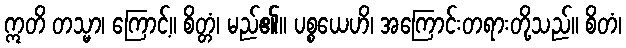
ဣတိ တသ္မာ၊ ကြောင့်။ စိတ္တံ၊ မည်၏။ ပစ္စယေဟိ၊ အကြောင်းတရားတို့သည်။ စိတံ၊